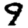
Digit: 9